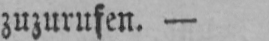
zuzurufen. -